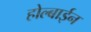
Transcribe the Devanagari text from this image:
होल्बाईन